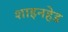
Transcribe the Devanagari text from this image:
शाइनहेड